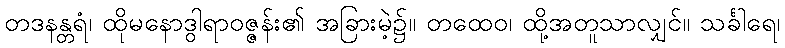
တဒနန္တရံ၊ ထိုမနောဒွါရာဝဇ္ဇန်း၏ အခြားမဲ့၌။ တထေဝ၊ ထို့အတူသာလျှင်။ သင်္ခါရေ၊